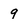
Character: 9